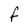
Character: F